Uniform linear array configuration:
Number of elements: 8
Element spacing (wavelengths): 0.75
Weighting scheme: exponential
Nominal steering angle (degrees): -60
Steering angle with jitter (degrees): -58.889
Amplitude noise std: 0.05
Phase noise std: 0.05

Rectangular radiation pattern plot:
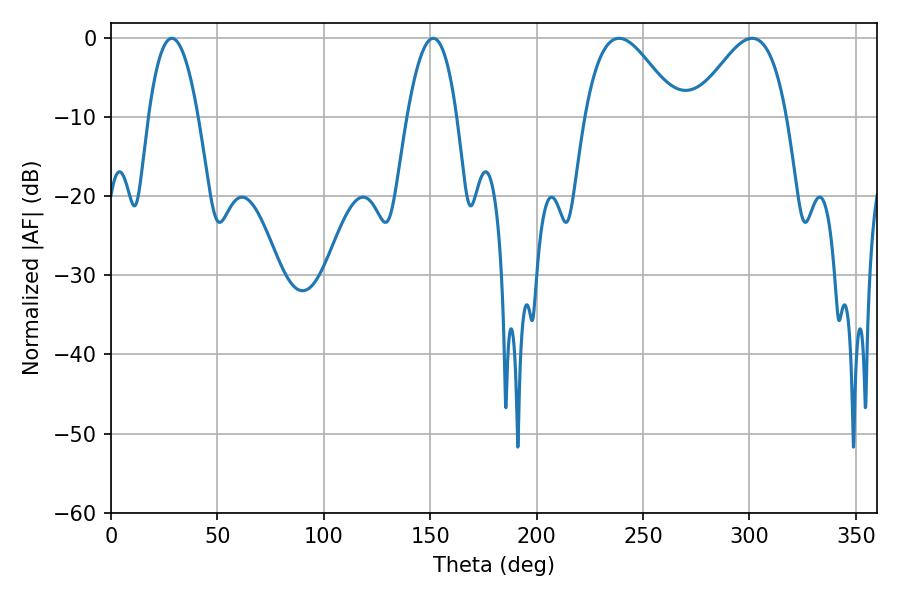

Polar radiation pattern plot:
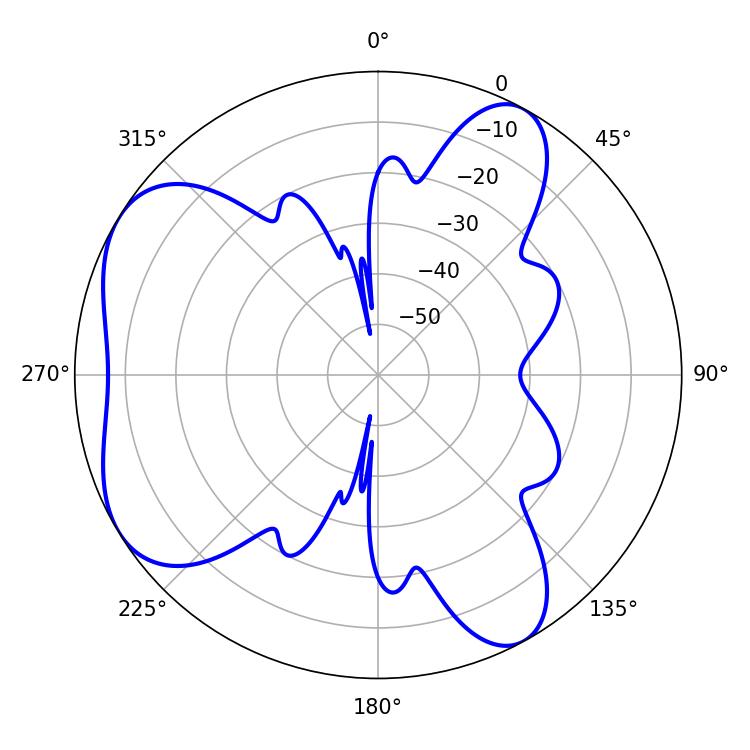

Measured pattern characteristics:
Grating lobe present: TRUE
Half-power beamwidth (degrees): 12.96
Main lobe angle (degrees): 28.62